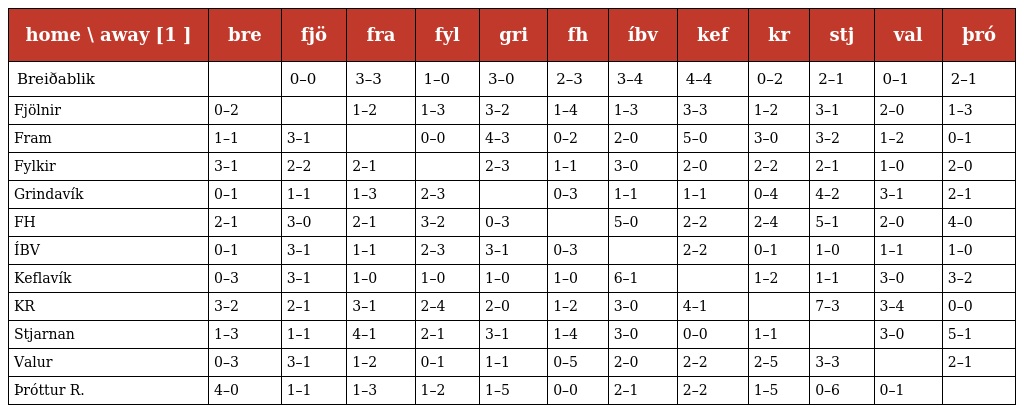
| home \ away [1 ] | bre | fjö | fra | fyl | gri | fh | íbv | kef | kr | stj | val | þró |
 | --- | --- | --- | --- | --- | --- | --- | --- | --- | --- | --- | --- | --- |
 | Breiðablik |  | 0–0 | 3–3 | 1–0 | 3–0 | 2–3 | 3–4 | 4–4 | 0–2 | 2–1 | 0–1 | 2–1 |
 | Fjölnir | 0–2 |  | 1–2 | 1–3 | 3–2 | 1–4 | 1–3 | 3–3 | 1–2 | 3–1 | 2–0 | 1–3 |
 | Fram | 1–1 | 3–1 |  | 0–0 | 4–3 | 0–2 | 2–0 | 5–0 | 3–0 | 3–2 | 1–2 | 0–1 |
 | Fylkir | 3–1 | 2–2 | 2–1 |  | 2–3 | 1–1 | 3–0 | 2–0 | 2–2 | 2–1 | 1–0 | 2–0 |
 | Grindavík | 0–1 | 1–1 | 1–3 | 2–3 |  | 0–3 | 1–1 | 1–1 | 0–4 | 4–2 | 3–1 | 2–1 |
 | FH | 2–1 | 3–0 | 2–1 | 3–2 | 0–3 |  | 5–0 | 2–2 | 2–4 | 5–1 | 2–0 | 4–0 |
 | ÍBV | 0–1 | 3–1 | 1–1 | 2–3 | 3–1 | 0–3 |  | 2–2 | 0–1 | 1–0 | 1–1 | 1–0 |
 | Keflavík | 0–3 | 3–1 | 1–0 | 1–0 | 1–0 | 1–0 | 6–1 |  | 1–2 | 1–1 | 3–0 | 3–2 |
 | KR | 3–2 | 2–1 | 3–1 | 2–4 | 2–0 | 1–2 | 3–0 | 4–1 |  | 7–3 | 3–4 | 0–0 |
 | Stjarnan | 1–3 | 1–1 | 4–1 | 2–1 | 3–1 | 1–4 | 3–0 | 0–0 | 1–1 |  | 3–0 | 5–1 |
 | Valur | 0–3 | 3–1 | 1–2 | 0–1 | 1–1 | 0–5 | 2–0 | 2–2 | 2–5 | 3–3 |  | 2–1 |
 | Þróttur R. | 4–0 | 1–1 | 1–3 | 1–2 | 1–5 | 0–0 | 2–1 | 2–2 | 1–5 | 0–6 | 0–1 |  |